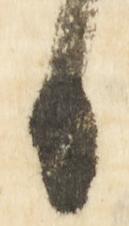
日